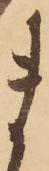
ま